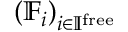
\left( \mathbb { F } _ { i } \right) _ { i \in \mathbb { I } ^ { \mathrm { f r e e } } }